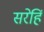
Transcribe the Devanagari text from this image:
सरेहिं